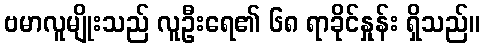
ဗမာလူမျိုးသည် လူဦးရေ၏ ၆၈ ရာခိုင်နှုန်း ရှိသည်။